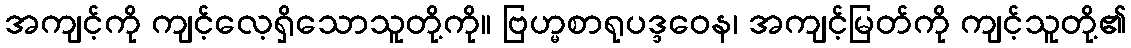
အကျင့်ကို ကျင့်လေ့ရှိသောသူတို့ကို။ ဗြဟ္မစာရုပဒ္ဒဝေန၊ အကျင့်မြတ်ကို ကျင့်သူတို့၏